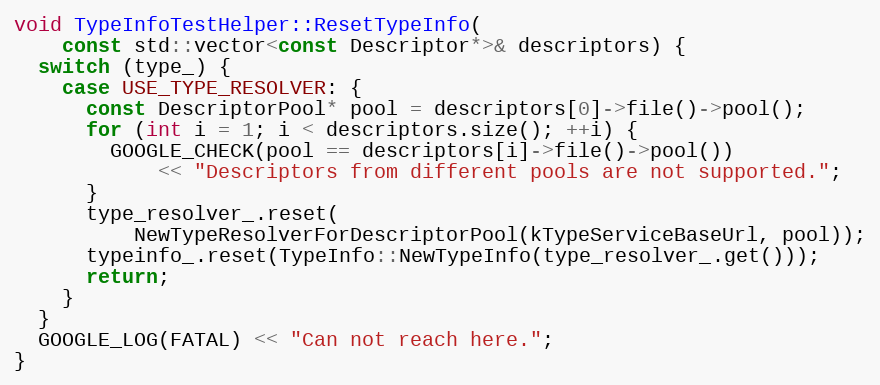
Language: C++
void TypeInfoTestHelper::ResetTypeInfo(
    const std::vector<const Descriptor*>& descriptors) {
  switch (type_) {
    case USE_TYPE_RESOLVER: {
      const DescriptorPool* pool = descriptors[0]->file()->pool();
      for (int i = 1; i < descriptors.size(); ++i) {
        GOOGLE_CHECK(pool == descriptors[i]->file()->pool())
            << "Descriptors from different pools are not supported.";
      }
      type_resolver_.reset(
          NewTypeResolverForDescriptorPool(kTypeServiceBaseUrl, pool));
      typeinfo_.reset(TypeInfo::NewTypeInfo(type_resolver_.get()));
      return;
    }
  }
  GOOGLE_LOG(FATAL) << "Can not reach here.";
}